Lunatic asylums Bombay report 1891-1903 - 1891-1903
Year: 1891
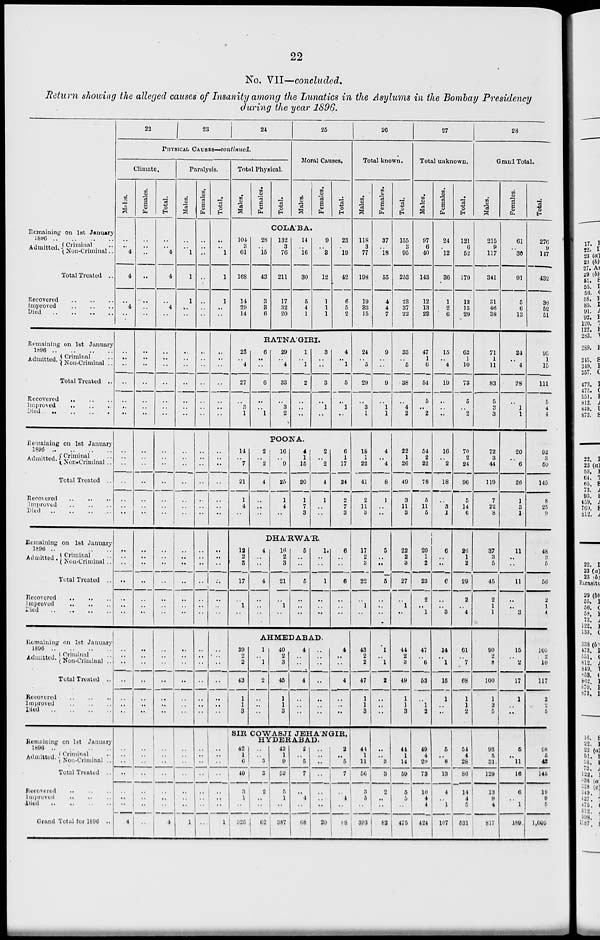
22
No. VII—concluded.
Return showing the alleged causes of Insanity among the Lunatics in the Asylums in the Bombay Presidency
during the year 1896.
Remaining on 1st January
1896 .. .. .. ..
Admitted. Criminal ..
Non-Criminal ..
Total Treated .. .. ..
Recovered .. .. ..
Improved
..
..
..
Died
..
..
..
..
Remaining on 1st January
1896
..
..
..
..
Admitted. Criminal ..
Non-Criminal ..
Total Treated ..
Recovered
..
..
..
Improved .. .. ..
Died
..
..
..
..
Remaining on 1st January
1896
..
..
..
..
Admitted. Criminal ..
Non-Criminal ..
Total Treated
..
Recovered
..
..
..
Improved .. .. ..
Died
..
..
..
..
Remaining on 1st January
1896
..
..
..
..
Admitted. Criminal ..
Non-Criminal ..
Total Treated
..
Recovered
..
..
..
Improved
..
..
..
Died
..
..
..
..
Remaining on 1st January
1896
..
..
..
..
Admitted. Criminal ..
Non-Criminal ..
Total Treated
..
Recovered
..
..
..
Improved
..
..
..
Died .. .. .. ..
Remaining on 1st January
1896
..
..
..
..
Admitted.
Criminal
..
Non-Criminal ..
Total Treated
..
Recovered .. .. ..
Improved .. .. ..
Died
..
..
..
..
Grand Total for 1896 ..
22
23
24
PHYSICAL CAUSES—continued.
Climate.
Males.
..
..
4
4
..
4
..
..
..
..
..
..
..
..
..
..
..
..
..
..
..
..
..
.. .
..
..
..
..
..
..
..
..
..
..
..
..
..
..
..
..
..
..
4
Females.
..
..
..
..
..
..
..
..
..
..
..
..
..
..
..
..
..
..
..
..
..
..
..
..
..
..
..
..
..
..
..
..
..
..
..
..
..
..
..
..
..
..
..
Total.
..
..
4
4
..
4
..
..
..
..
..
..
..
..
..
..
..
..
..
..
..
..
..
..
..
..
..
..
..
..
..
..
..
..
..
..
..
..
..
..
..
..
4
Paralysis.
Males.
..
..
1
1
1
..
..
..
..
..
..
..
..
..
..
..
..
..
..
..
..
..
..
..
..
..
..
..
..
..
..
..
..
..
..
..
..
..
..
..
1 ..
1
Females.
..
..
..
..
..
..
..
..
..
..
..
..
..
..
..
..
..
..
..
..
..
..
..
..
..
..
..
..
..
..
..
..
..
..
..
..
..
..
..
..
..
..
..
Total.
..
..
1
1
1
..
..
..
..
..
..
..
..
..
..
..
..
..
..
..
..
..
..
..
..
..
..
..
..
..
..
..
..
..
..
..
..
..
..
..
..
..
1
Total Physical.
Males.
Females.
Total.
25
Moral Causes.
Males.
Females.
Total.
COLA'BA.
104
3
61
168
14
29
14
28
..
15
43
3
3
6
132
3
76
211
17
32
20
14
..
16
30
5
4
1
9
..
3
12
1
1
1
23
..
19
42
6
5
2
RATNAGIRI.
23
..
4
27
..
3
1
6
..
..
6
..
..
1
29
..
4
33
..
3
2
1
..
1
2
..
..
..
3
..
..
3
..
1
..
4
..
1
5
..
1
..
POONA.
14
..
7
21
1
4
..
2
..
2
4
..
..
..
16
..
9
25
1
4
..
4
1
15
20
1
7
3
2
..
2
4
1
..
..
6
1
17
24
2
7
3
DHA'RWA'R.
12
2
3
17
..
1
..
4
..
..
4
..
..
..
16
2
3
21
..
1
..
5
..
..
5
..
..
..
1
..
..
1
..
..
..
6
..
..
6
..
..
..
AHMEDABAD.
39
2
2
43
1
1
3
1
..
1
2
..
..
..
40
2
3
45
1
1
3
4
..
..
4
..
..
..
..
..
..
..
..
..
..
4
..
..
4
..
..
..
SIR COWASJI JEHA'NGIR,
HYDERABAD.
42
1
6
49
3
1
..
325
..
..
3
3
2
..
..
62
42
1
9
52
5
1
..
387
2
..
5
7
..
4
..
68
..
..
..
..
..
..
..
20
2
..
5
7
..
4
..
88
26
Total known.
Males.
118
3
77
198
19
33
15
24
..
5
29
..
3
1
18
1
22
41
2
11
3
17
2
3
22
..
1
..
43
2
2
47
1
1
3
44
1
11
56
3
5
..
393
Females.
37
..
18
55
4
4
7
9
..
..
9
..
1
1
4
..
4
8
1
..
..
5
..
..
5
..
..
..
1
..
1
2
..
..
..
..
..
3
3
2
..
..
82
Total.
155
3
95
253
23
37
22
33
..
5
38
..
4
2
22
1
26
49
3
11
3
22
2
3
27
..
1
..
44
2
3
49
1
1
3
44
1
14
59
5
5
..
475
27
Total unknown.
Males.
97
6
40
143
12
13
23
47
1
6
54
5
..
2
54
2
22
78
5
11
5
20
1
2
23
2
..
1
47
..
6
53
..
1
2
49
4
20
73
10
4
4
424
Females.
24
..
12
36
1
2
6
15
..
4
19
..
..
..
16
..
2
18
..
3
1
6
..
..
6
..
..
3
14
..
1
15
1
..
..
5
..
8
13
4
..
1
107
Total.
121
6
52
179
13
15
29
62
1
10
73
5
..
2
70
2
24
96
5
14
6
26
1
2
29
2
..
4
61
..
7
68
1
1
2
54
4
28
86
14
4
5
531
28
Grand Total.
Males.
215
9
117
341
31
46
38
71
1
11
83
5
3
3
72
3
44
119
7
22
8
37
3
5
45
2
1
1
90
2
8
100
1
2
5
93
5
31
129
13
9
4
817
Females.
61
..
30
91
5
6
13
24
..
4
28
..
1
1
20
..
6
26
1
3
1
11
..
..
11
..
..
3
15
..
2
17
1
..
..
5
..
11
16
6
..
1
189
Total.
276
9
147
432
36
52
51
95
1
15
111
5
4
4
92
3
50
145
8
25
9
48
3
5
56
2
1
4
105
2
10
117
2
2
5
98
5
42
145
19
9
5
1,006